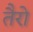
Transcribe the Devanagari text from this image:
तैरो